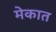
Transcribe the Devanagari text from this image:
मेकात